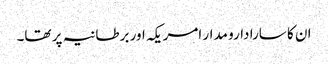
ان کا سارا دارو مدار امریکہ اور برطانیہ پر تھا۔